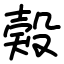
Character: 㺉